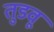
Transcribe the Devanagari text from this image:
तुडवू